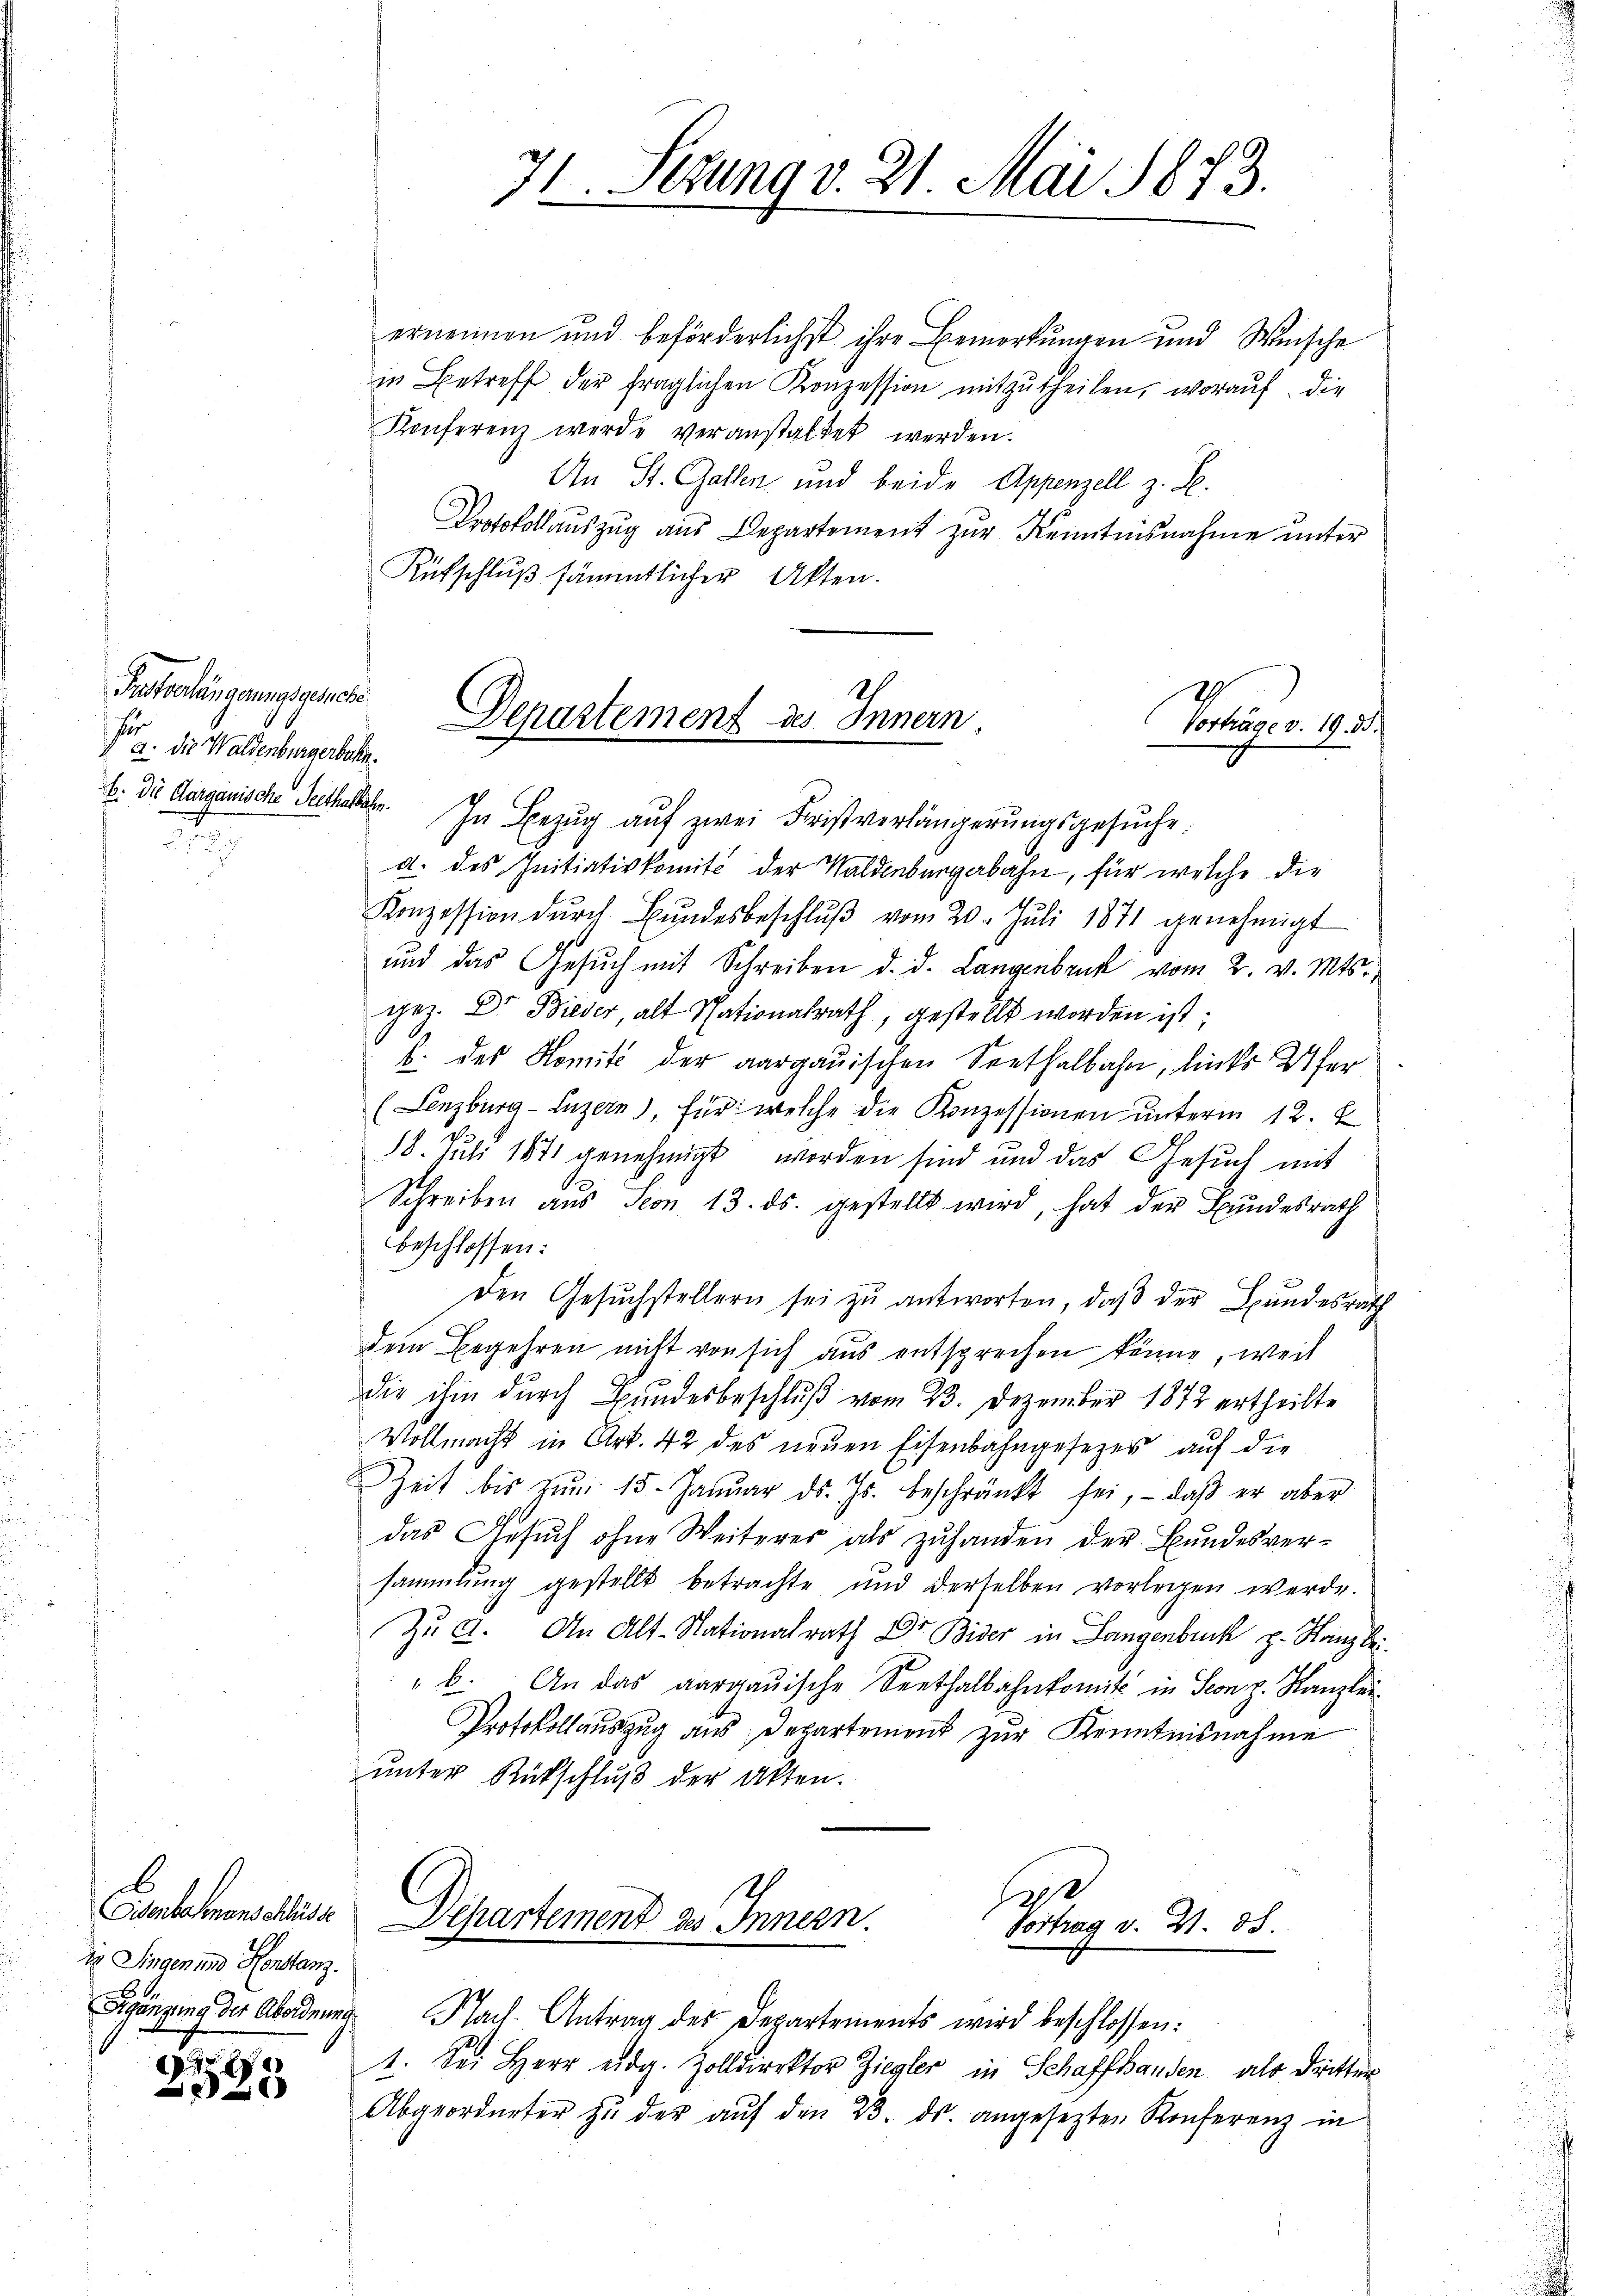
Prstvorlängerungsgesehe
J
a. Die Waldenburgerbahn.
b. Die Aargauische Seethalbahn.

ie Singen und Henstanz.
Sgänzung der Abordnung

e

71. Sezung v. 21. Mai 1873.

ernennen und beförderlichst ihre Bemerkungen und Weische
in Betreff der fraglichen Konzession mitzutheilen, worauf die
Konferenz werde veranstaltet werden.
An St. Gallen und beide Appenzell z. B.
Protokollauszug aus Departement zur Kenntnisnahme unter
Rutschluß sämmtlicher Akten.
In Bezug auf zwei Fristverlängerŭngsgesŭche:
a. des Initiativkomit der Waldenburgerbahn, für welche die
Konzession dŭrch Bŭndesbeschlŭβ vom 20. Jŭli 1871 genehmigt
und das Gesŭch mit Schreiben d. d. Langenbruck vom 2. v. Mts.
gez. Dr. Bieder, alt Stationalrath, gestellt worden ist;
b. des Komité der aargauischen Seethalbahn, links Ufer
(Lenzburg-Luzern), für welche die Konzessionen ŭnterm 12. J
18. Juli 1871 genehmigt worden sind und das Gesuch mit
Schreiben aus Seon 13. ds. gestellt wird, hat der Bundesrath
beschlossen:
den Gesŭchstellern sei zŭ antworten, daβ der Bundesrath
Dein Begehren nicht von sich aus entsprechen könne, weil
die ihm durch Bŭndesbeschlŭβ vom 23. Dezember 1872 ertheilte
Vollmacht in Art. 42 des neŭen Eisenbahngesetzes auf die
ZZeit bis zŭm 15. Januar d. Js. beschränkt sei, - daβ er aber
das Gesuch ohne Weiteres als zuhanden der Bundesversammlung gestellt betrachte und derselben vorlegen werde.
Zŭ A. An Alt-Nationalrath Dr Bider in Langenbruck z. Kanzlei.
"b. An das aargauische Seethalbahnkomit in Seon z. Kanzlei-
Protokollauszug aus Departement zur Kenntnisnahme
ŭnter Rückschlŭβ der Akten.

Departement des Innern

Nach Antrag des Departements wird beschlossen:
1. Sei Herr eidg. Zolldirektor Ziegler in Schaffhanden, als dritter
Abgeordneter zŭ der aŭf den 23. ds. angesezten Konferenz in

Portrag v. 19.

2
Eschehenschluss Departement des Innern.
Vortrag v. W. 88.